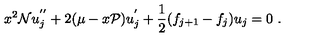
x ^ { 2 } { \cal N } u _ { j } ^ { ' ^ { \prime } } + 2 ( \mu - x { \cal P } ) u _ { j } ^ { ' } + \frac { 1 } { 2 } ( f _ { j + 1 } - f _ { j } ) u _ { j } = 0 \ .